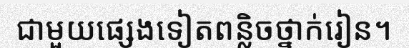
ជាមួយផ្សេងទៀតពន្លិចថ្នាក់រៀន។